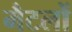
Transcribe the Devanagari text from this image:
मैटलों